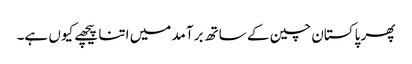
پھر پاکستان چین کے ساتھ برآمد میں اتنا پیچھے کیوں ہے۔